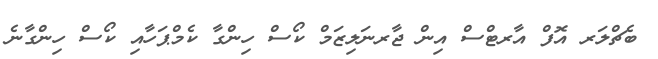
ބެޗްލަރ އޮފް އާރޓްސް އިން ޖާރނަލިޒަމް ކޯސް ހިންގާ ކެމްޕަހާއި ކޯސް ހިންގާނެ